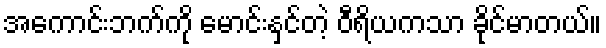
အကောင်းဘက်ကို မောင်းနှင်တဲ့ ဝီရိယကသာ ခိုင်မာတယ်။